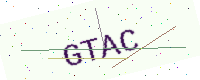
Text: GTAC